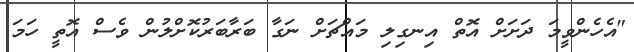
"އެހެންވީމަ ދަށަށް އޮތް އިނގިލި މައްޗަށް ނަގާ ބަރާބަރުކޮށްލުން ވެސް އޮތީ ހަމަ